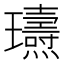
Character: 瓙